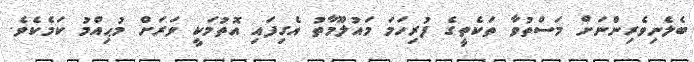
ބެލެނިވެރިންނަށް މަސްތުވާ ތަކެތީގެ ފުރިހަމަ މައުލޫމާތު އެގިފައި އޮތުމަކީ ވަރަށް މުޙިއްމު ކަމެކެވެ.